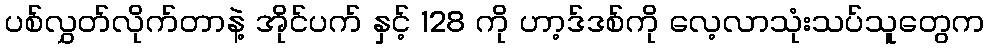
ပစ်လွှတ်လိုက်တာနဲ့ အိုင်ပက် နှင့် 128 ကို ဟာ့ဒ်ဒစ်ကို လေ့လာသုံးသပ်သူတွေက